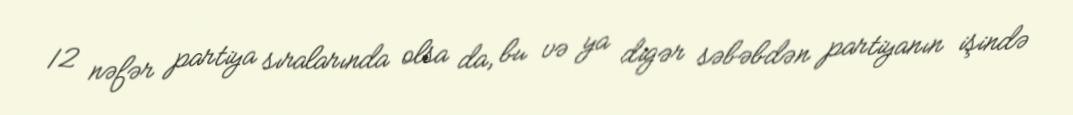
12 nəfər partiya sıralarında olsa da, bu və ya digər səbəbdən partiyanın işində